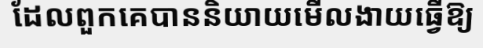
ដែលពួកគេបាននិយាយមើលងាយធ្វើឱ្យ